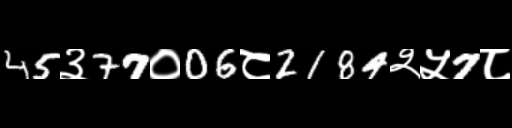
Text: 45३77०06८2184२५7८